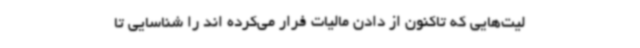
لیت‌هایی که تاکنون از دادن مالیات فرار می‌کرده اند را شناسایی تا